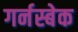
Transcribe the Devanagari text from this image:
गर्नस्बेक